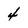
Character: 4